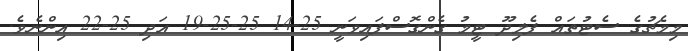
މިމެޗުގެ ސެޓުތައް ފެލިދޫ ޓީމު ގެންގޮސްފައިވަނީ 25-14 25-25-19 އަދި 25-22 އިންނެވެ.